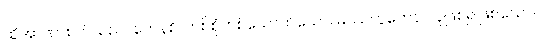
ထိုအာဏာစက်သည်။ ကေနစိ၊ တစ်စုံတစ်ယောက်သော။ မဿဘူတေန၊ လူဖြစ်၍ဖြစ်သော။